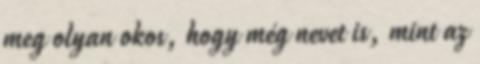
meg olyan okos, hogy még nevet is, mint az